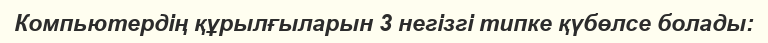
Компьютердің құрылғыларын 3 негізгі типке қүбөлсе болады: